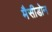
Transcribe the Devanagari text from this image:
मैसीडोन